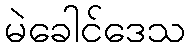
မဲခေါင်ဒေသ